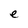
Character: e